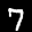
Label: 7